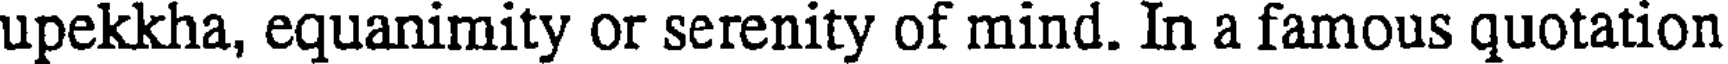
upekkha, equanimity or serenity of mind. In a famous quotation